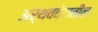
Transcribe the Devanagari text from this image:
अर्थववेदातील